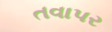
તવાપર